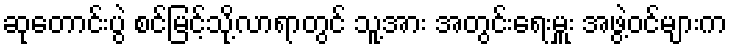
ဆုတောင်းပွဲ စင်မြင့်သို့လာရာတွင် သူ့အား အတွင်းရေးမှူး အဖွဲ့ဝင်များက